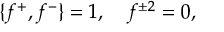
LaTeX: \{ f ^ { + } , f ^ { - } \} = 1 , \quad f ^ { \pm 2 } = 0 ,